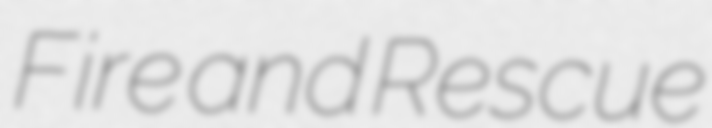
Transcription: Fire and Rescue